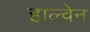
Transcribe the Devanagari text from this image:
हाल्वेन